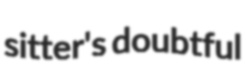
sitter's doubtful